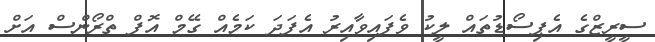
ސީރީޒްގެ އެޕިސޯޑުތައް ލީކު ވެފައިވާއިރު އެފަދަ ކަމެއް ގޭމް އޮފް ތްރޯންސް އަށް